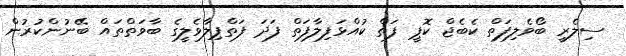
ސިލެރީ ބޯވެލިފަތް ކެބެޖް ކޮޕީ ފަތް ކުއްޅަފިލާފަތް ފަދަ ފަތްޕިލާވެލީގެ ބާވަތްތައް ބޭނުންކުރުން